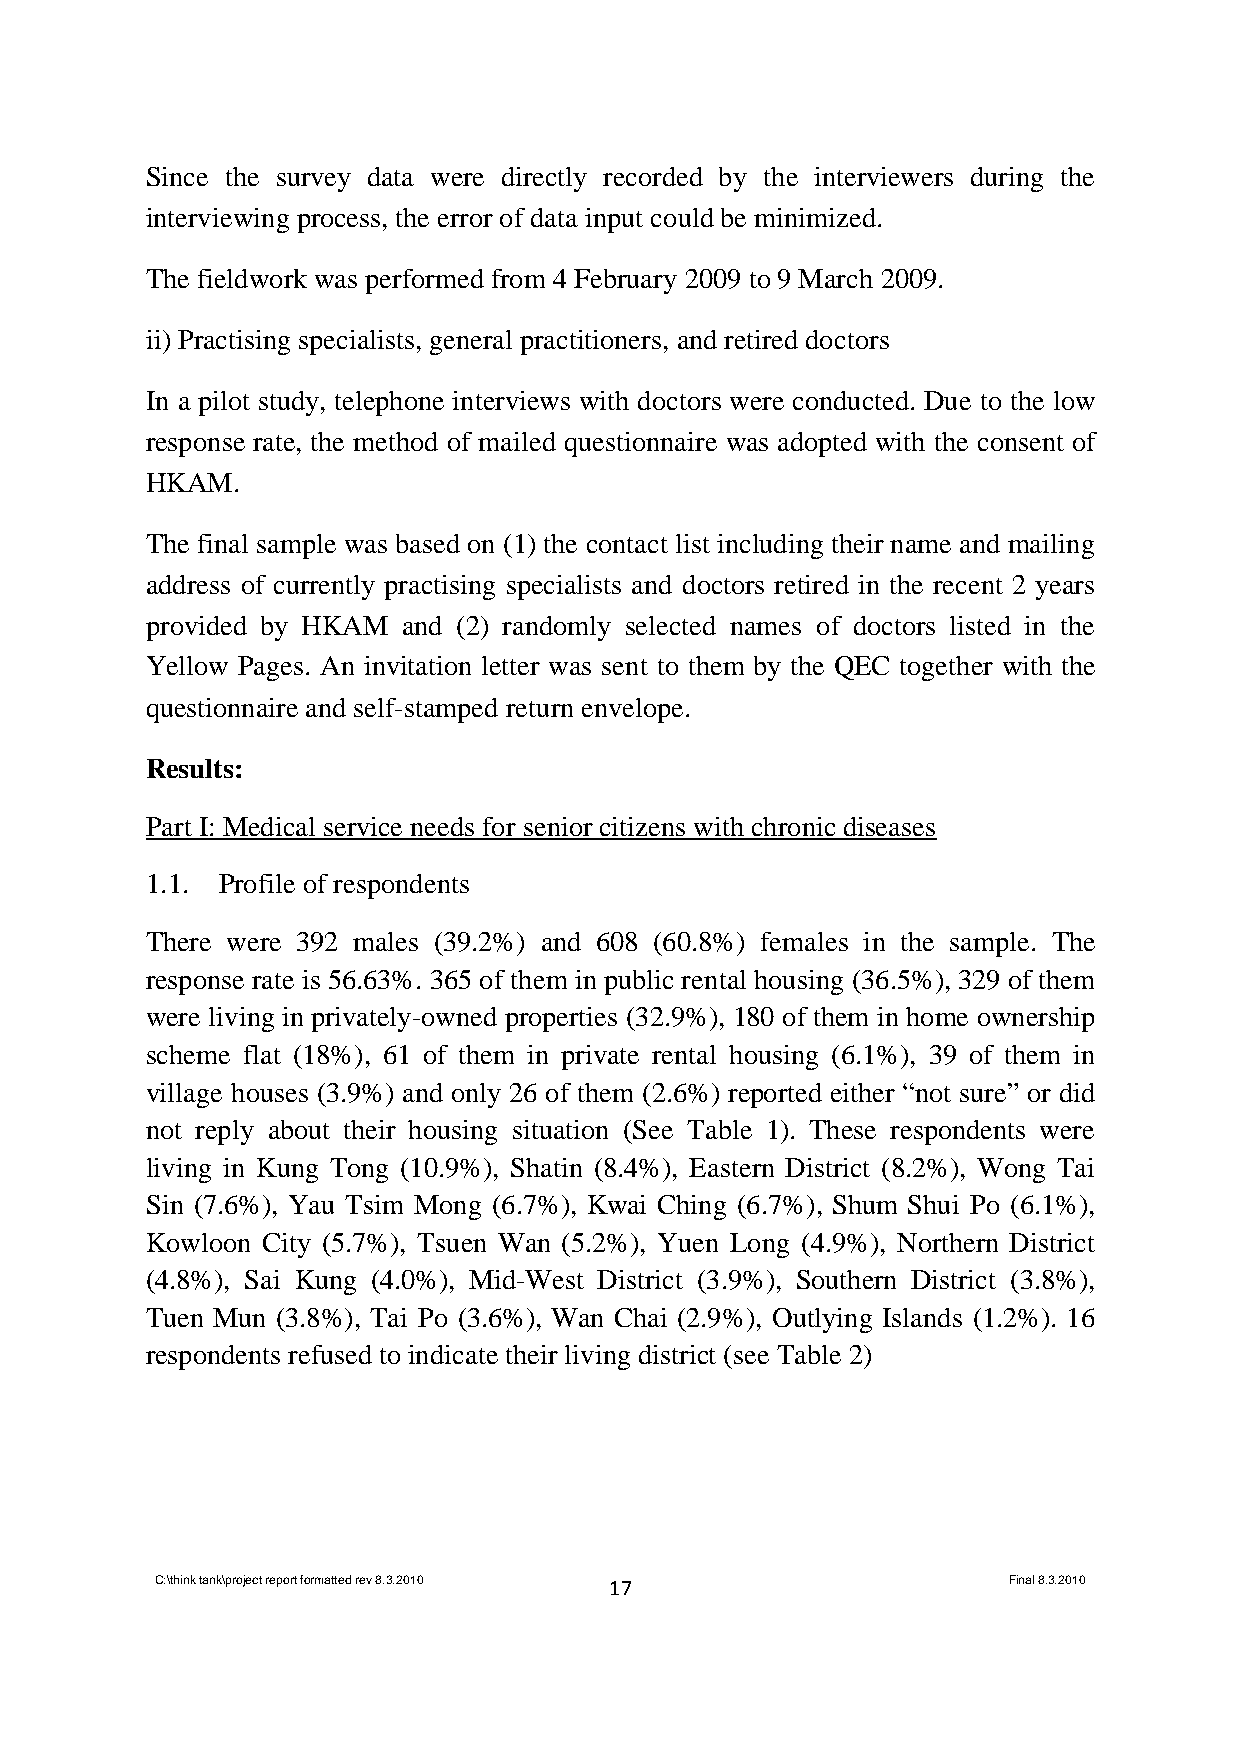
Since the survey data were directly recorded by the interviewers during the
 interviewing process, the error of data input could be minimized.
 The fieldwork was performed from 4 February 2009 to 9 March 2009.
 ii) Practising specialists, general practitioners, and retired doctors
 In a pilot study, telephone interviews with doctors were conducted. Due to the low
 response rate, the method of mailed questionnaire was adopted with the consent of
 HKAM.
 The final sample was based on (1) the contact list including their name and mailing
 address of currently practising specialists and doctors retired in the recent 2 years
 provided by HKAM and (2) randomly selected names of doctors listed in the
 Yellow Pages. An invitation letter was sent to them by the QEC together with the
 questionnaire and self-stamped return envelope.
 Results:
 Part I: Medical service needs for senior citizens with chronic diseases
 1.1. Profile of respondents
 There were 392 males (39.2%) and 608 (60.8%) females in the sample. The
 response rate is 56.63%. 365 of them in public rental housing (36.5%), 329 of them
 were living in privately-owned properties (32.9%), 180 of them in home ownership
 scheme flat (18%), 61 of them in private rental housing (6.1%), 39 of them in
 village houses (3.9%) and only 26 of them (2.6%) reported either “not sure” or did
 not reply about their housing situation (See Table 1). These respondents were
 living in Kung Tong (10.9%), Shatin (8.4%), Eastern District (8.2%), Wong Tai
 Sin (7.6%), Yau Tsim Mong (6.7%), Kwai Ching (6.7%), Shum Shui Po (6.1%),
 Kowloon City (5.7%), Tsuen Wan (5.2%), Yuen Long (4.9%), Northern District
 (4.8%), Sai Kung (4.0%), Mid-West District (3.9%), Southern District (3.8%),
 Tuen Mun (3.8%), Tai Po (3.6%), Wan Chai (2.9%), Outlying Islands (1.2%). 16
 respondents refused to indicate their living district (see Table 2)
 C:\think tank\project report formatted rev 8.3.2010 17   Final 8.3.2010